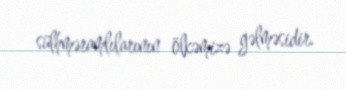
sülhməramlılarının ölkəmizə gəlməsidir.